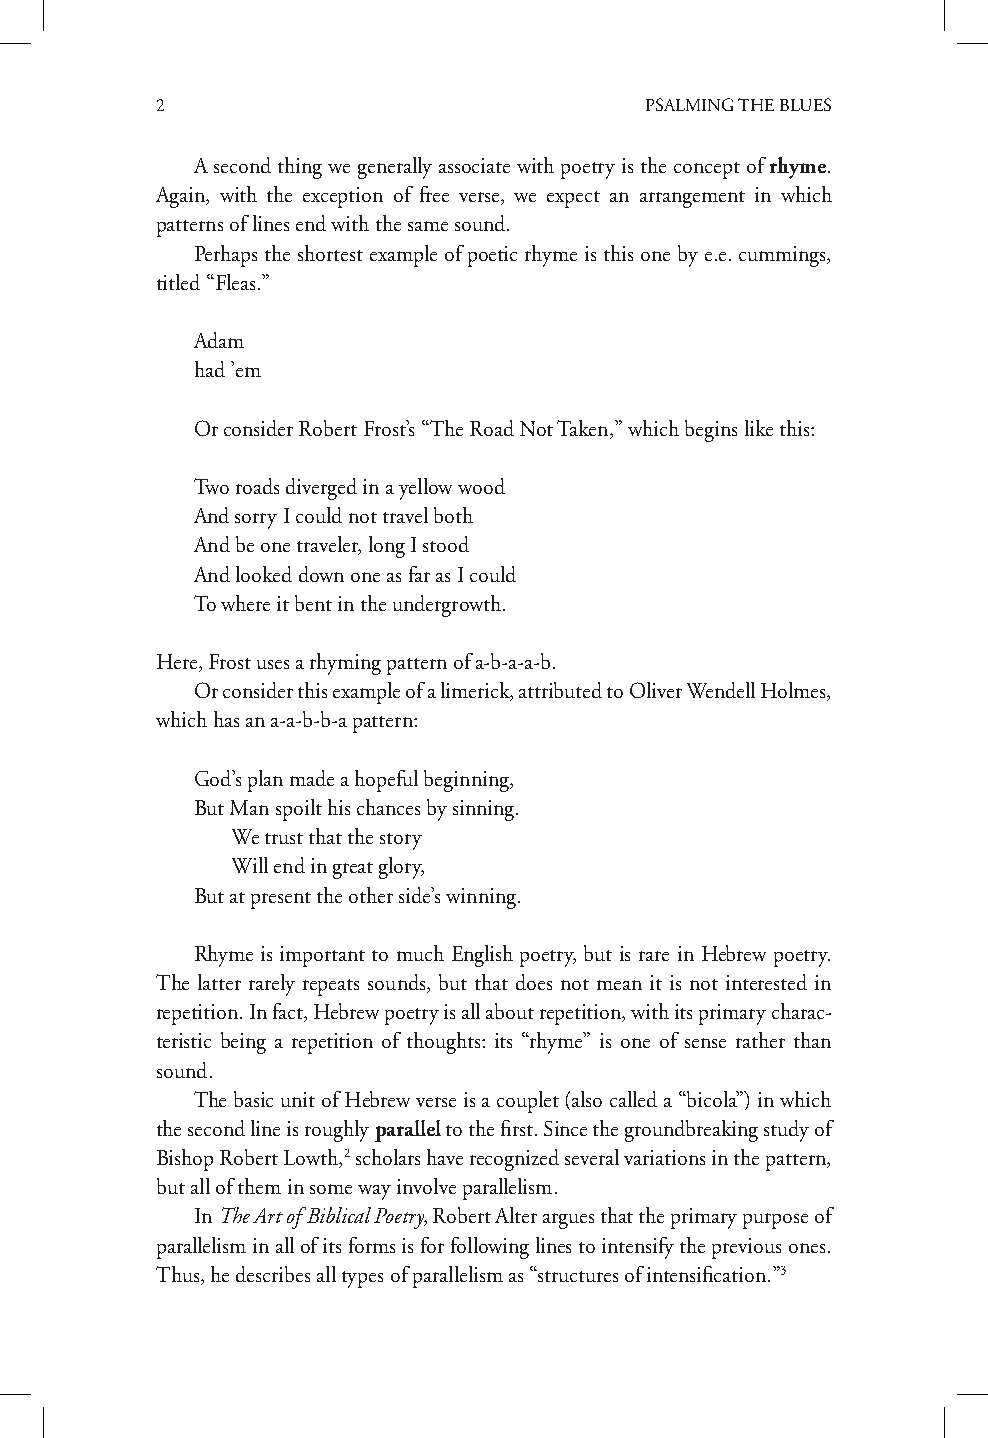
2                                PSALMING THE BLUES
 A second thing we generally associate with poetry is the concept of rhyme.
 Again, with the exception of free verse, we expect an arrangement in which
 patterns of lines end with the same sound.
 Perhaps the shortest example of poetic rhyme is this one by e.e. cummings,
 titled “Fleas.”
 Adam
 had ’em
 Or consider Robert Frost’s “The Road Not Taken,” which begins like this:
 Two roads diverged in a yellow wood
 And sorry I could not travel both
 And be one traveler, long I stood
 And looked down one as far as I could
 To where it bent in the undergrowth.
 Here, Frost uses a rhyming pattern of a-b-a-a-b.
 Or consider this example of a limerick, attributed to Oliver Wendell Holmes,
 which has an a-a-b-b-a pattern:
 God’s plan made a hopeful beginning,
 But Man spoilt his chances by sinning.
 We trust that the story
 Will end in great glory,
 But at present the other side’s winning.
 Rhyme is important to much English poetry, but is rare in Hebrew poetry.
 The latter rarely repeats sounds, but that does not mean it is not interested in
 repetition. In fact, Hebrew poetry is all about repetition, with its primary charac-
 teristic being a repetition of thoughts: its “rhyme” is one of sense rather than
 sound.
 The basic unit of Hebrew verse is a couplet (also called a “bicola”) in which
 the second line is roughly parallel to the first. Since the groundbreaking study of
 Bishop Robert Lowth,2 scholars have recognized several variations in the pattern,
 but all of them in some way involve parallelism.
 In The Art of Biblical Poetry, Robert Alter argues that the primary purpose of
 parallelism in all of its forms is for following lines to intensify the previous ones.
 Thus, he describes all types of parallelism as “structures of intensification.”3